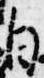
自